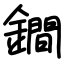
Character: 鐧